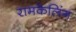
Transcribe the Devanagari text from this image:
रामकेलिंग